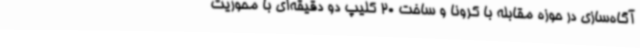
آگاه‌سازی در حوزه مقابله با کرونا و ساخت 20 کلیپ دو دقیقه‌ای با محوریت